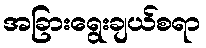
အခြားရွေးချယ်စရာ